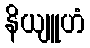
နိယျူဟံ